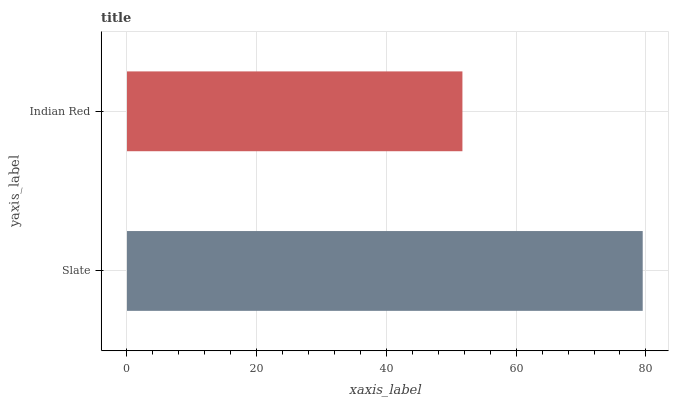
| yaxis_label | bars |
 | --- | --- |
 | Slate | 79.5 |
 | Indian Red | 51.7 |